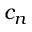
c _ { n }